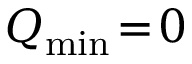
Q _ { \mathrm { m i n } } \! = \! 0